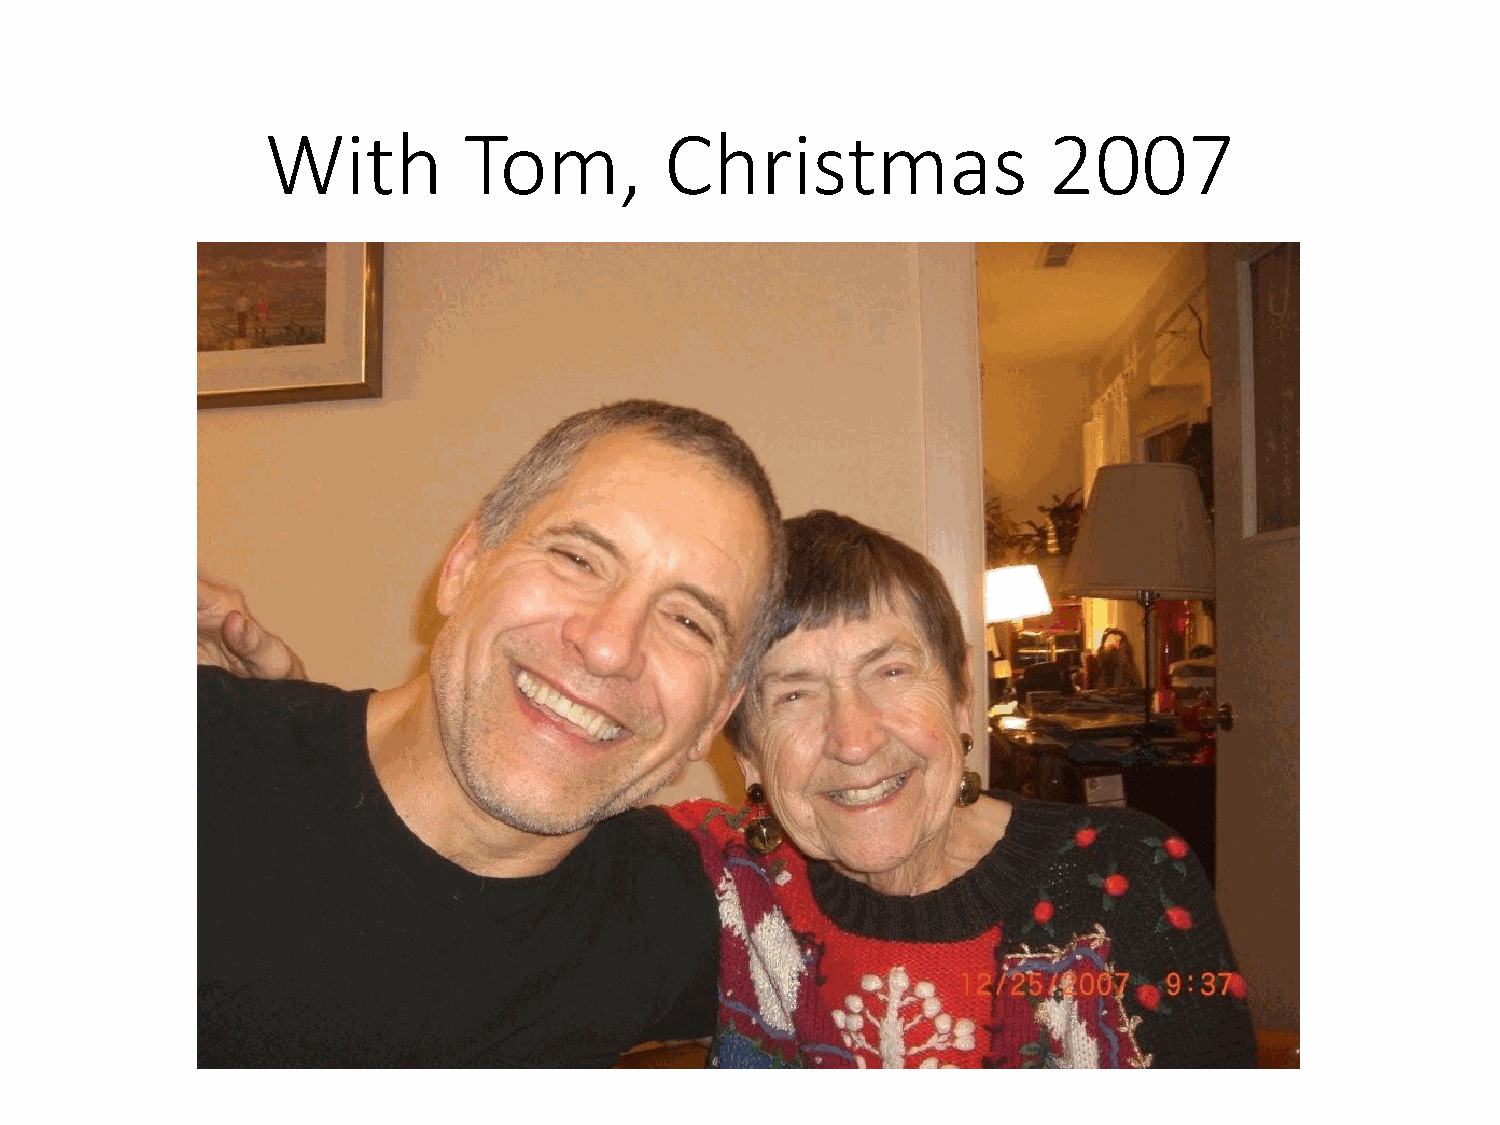
With         Tom,         Christmas                2007